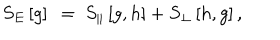
S _ { E } \left[ g \right] ~ = ~ S _ { \| } \left[ g , h \right] + S _ { \perp } \left[ h , g \right] ,